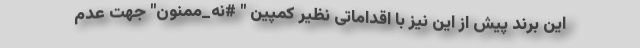
این برند پیش از این نیز با اقداماتی نظیر کمپین " #نه_ممنون" جهت عدم